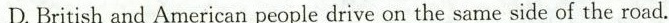
D. British and American people drive on the same side of the road.